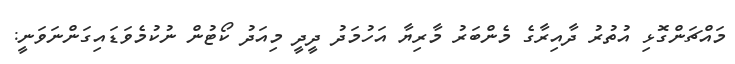
މައްޗަންގޮޅި އުތުރު ދާއިރާގެ މެންބަރު މާރިޔާ އަހުމަދު ދީދީ މިއަދު ކޯޓުން ނުކުމެވަޑައިގަންނަވަނީ: